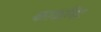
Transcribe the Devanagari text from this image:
काकपिट